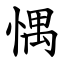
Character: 㥥